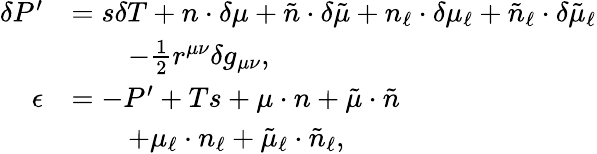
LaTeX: \begin{array}{rl}{\delta P^{\prime}}&{=s\delta T+n\cdot\delta\mu+\tilde{n}\cdot\delta\tilde{\mu}+n_{\ell}\cdot\delta\mu_{\ell}+\tilde{n}_{\ell}\cdot\delta\tilde{\mu}_{\ell}}\\ &{\qquad-\frac{1}{2}r^{\mu\nu}\delta g_{\mu\nu},}\\ {\epsilon}&{=-P^{\prime}+Ts+\mu\cdot n+\tilde{\mu}\cdot\tilde{n}}\\ &{\qquad+\mu_{\ell}\cdot n_{\ell}+\tilde{\mu}_{\ell}\cdot\tilde{n}_{\ell},}\end{array}